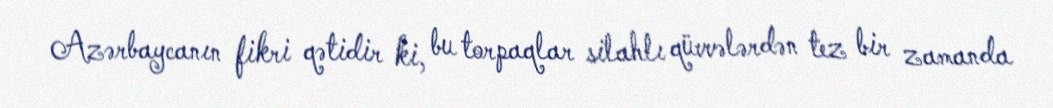
Azərbaycanın fikri qətidir ki, bu torpaqlar silahlı qüvvələrdən tez bir zamanda